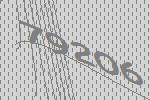
79206